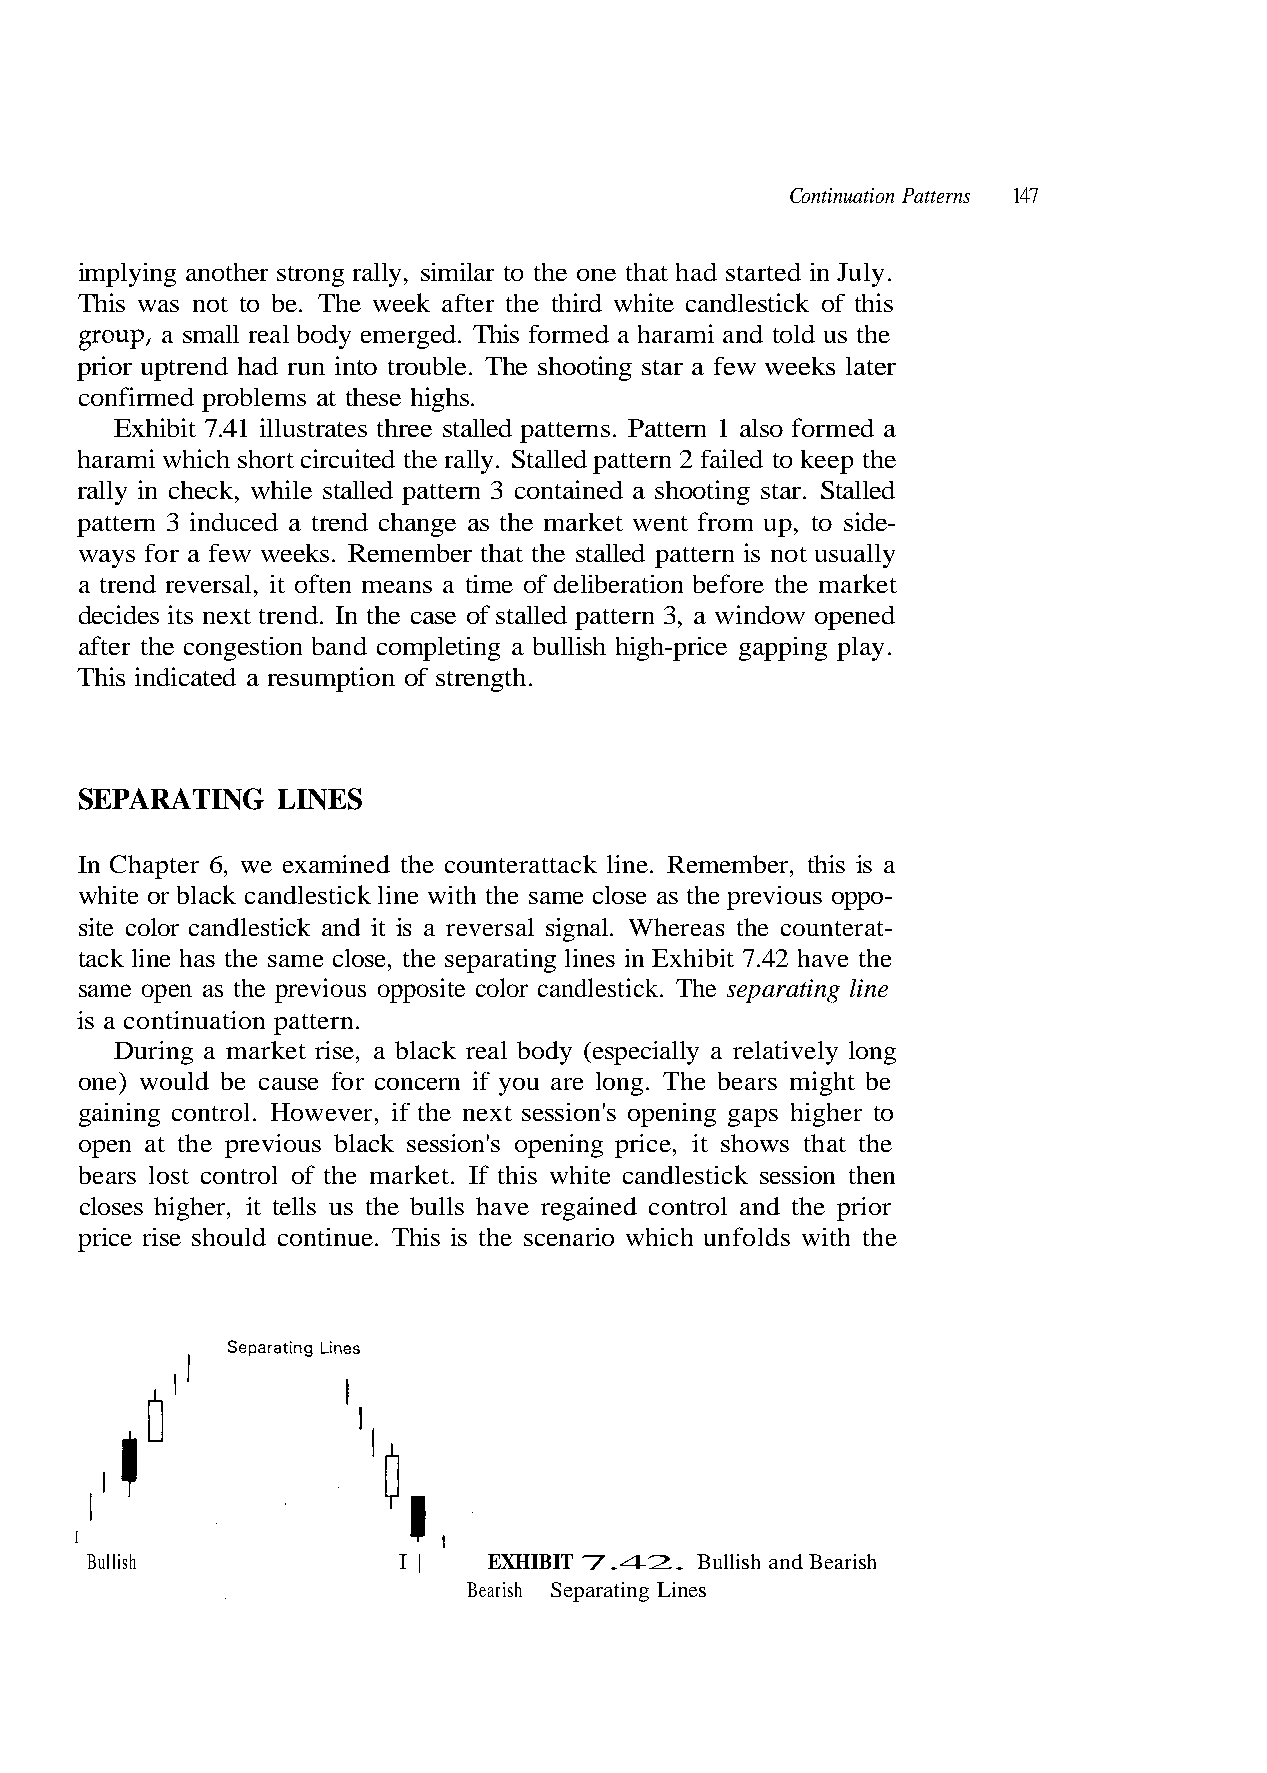
implying another strong rally, similar to the one that had started in July.
 This was not to be. The week after the third white candlestick of this
 group, a small real body emerged. This formed a harami and told us the
 prior uptrend had run into trouble. The shooting star a few weeks later
 confirmed problems at these highs.
 Exhibit 7.41 illustrates three stalled patterns. Pattern 1 also formed a
 harami which short circuited the rally. Stalled pattern 2 failed to keep the
 rally in check, while stalled pattern 3 contained a shooting star. Stalled
 pattern 3 induced a trend change as the market went from up, to side-
 ways for a few weeks. Remember that the stalled pattern is not usually
 a trend reversal, it often means a time of deliberation before the market
 decides its next trend. In the case of stalled pattern 3, a window opened
 after the congestion band completing a bullish high-price gapping play.
 SEPARATING   LINES
 In Chapter 6, we examined the counterattack line. Remember, this is a
 white or black candlestick line with the same close as the previous oppo-
 site color candlestick and it is a reversal signal. Whereas the counterat-
 tack line has the same close, the separating lines in Exhibit 7.42 have the
 During a market rise, a black real body (especially a relatively long
 bears lost control of the market. If this white candlestick session then
 price rise should continue. This is the scenario which unfolds with the
 I
 Bullish             I |   EXHIBIT 7.42. Bullish and Bearish
 Bearish Separating Lines
 e h
 ot tt
 a
 r eh ht g
 s
 e
 hiw
 n i
 o
 l
 s ph
 g n
 as
 i
 g
 t
 t
 a
 i
 r
 g
 a
 n,
 p
 ie
 e
 nc
 s
 ei
 e
 ppr
 h
 beo
 T k.
 ight
 n's
 ing
 c
 mon
 esti
 ars
 ssi
 pe
 l
 eeo
 d
 bs
 n
 e
 s
 ca
 Th
 xt
 n'
 r
 eo
 o
 g.ni
 l
 n
 s
 o
 oe
 s
 gth.
 e c
 re l
 th
 se
 en
 sit
 u a
 if
 k
 f str
 oppo
 if yo
 er,
 blac
 o
 v
 n
 us
 ern
 e
 s
 io
 o
 ncwu
 This indicated a resumpt
 same open as the previ
 is a continuation pattern.
 one) would be cause for co
 gaining control. Ho
 open at the previo
 closes higher, it tells us the bulls have regained control and the prior
 7 4 1 s n r e t t a P n o i t a u n i t n o C